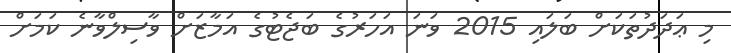
މި ޢަދަދުތަކަށް ބަލައި 2015 ވަނަ އަހަރުގެ ބަޖެޓުގެ އަމާޒަށް ވާސިލްވާނެ ކަމަށް